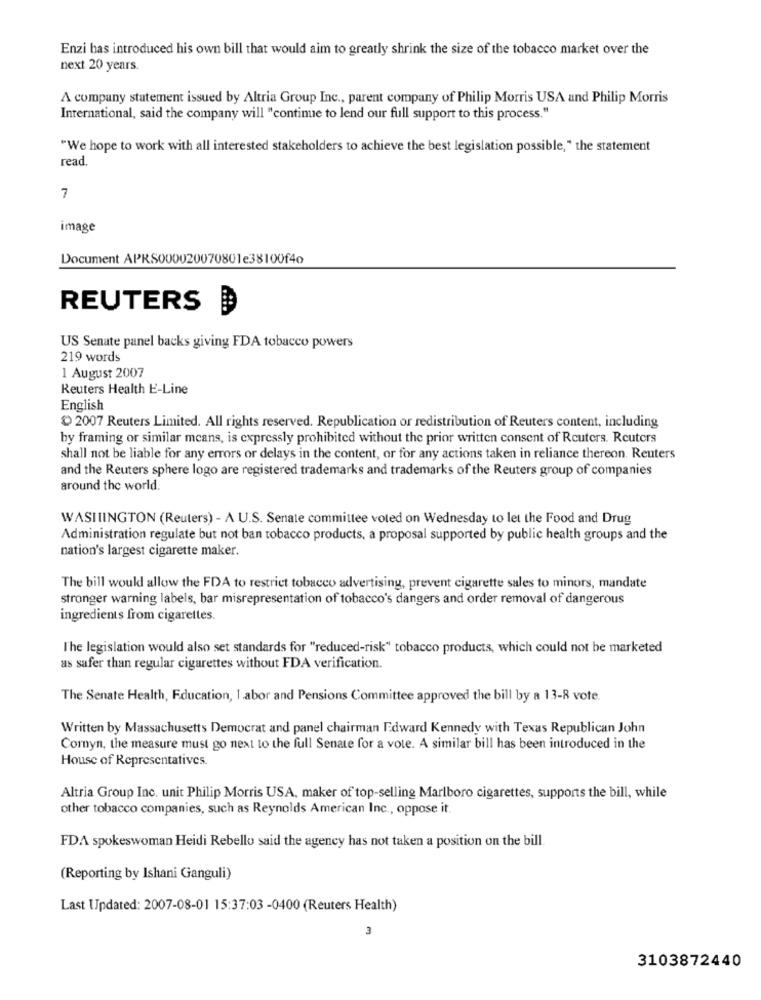
Enzi has introduced his own bill that would aim to greatly shrink the size of the tobacco market over the
next 20 years.
A company statement issued by Altria Group Inc ., parent company of Philip Morris USA and Philip Morris
International, said the company will "continue to lend our full support to this process."
"We hope to work with all interested stakeholders to achieve the best legislation possible," the statement
read.
7
image
Document APRS000020070801e38100f4o
REUTERS
US Senate panel backs giving FDA tobacco powers
219 words
1 August 2007
Reuters Health E-Line
English
2007 Reuters Limited. All rights reserved. Republication or redistribution of Reuters content, including
by framing or similar means, is expressly prohibited without the prior written consent of Reuters. Reuters
shall not be liable for any errors or delays in the content, or for any actions taken in reliance thereon. Reuters
and the Reuters sphere logo are registered trademarks and trademarks of the Reuters group of companies
around the world.
WASHINGTON (Reuters) - A U.S. Senate committee voted on Wednesday to let the Food and Drug
Administration regulate but not ban tobacco products, a proposal supported by public health groups and the
nation's largest cigarette maker.
The bill would allow the FDA to restrict tobacco advertising, prevent cigarette sales to minors, mandate
stronger warning labels, bar misrepresentation of tobacco's dangers and order removal of dangerous
ingredients from cigarettes.
The legislation would also set standards for "reduced-risk" tobacco products, which could not be marketed
as safer than regular cigarettes without FDA verification.
The Senate Health, Education, I abor and Pensions Committee approved the bill by a 13-8 vote.
Written by Massachusetts Democrat and panel chairman Edward Kennedy with Texas Republican John
Cornyn, the measure must go next to the full Senate for a vote. A similar bill has been introduced in the
House of Representatives.
Altria Group Inc. unit Philip Morris USA, maker of top-selling Marlboro cigarettes, supports the bill, while
other tobacco companies, such as Reynolds American Inc ., oppose it.
FDA spokeswoman Heidi Rebello said the agency has not taken a position on the bill.
(Reporting by Ishani Ganguli)
Last Updated: 2007-08-01 15:37:03 -0400 (Reuters Health)
3
3103872440